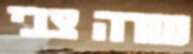
שדה צבי